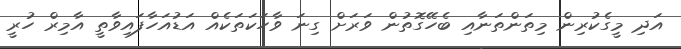
އަދި މީގެކުރިން މިތަންތަނާއި ބެހޭގޮތުން ވަރަށް ގިނަ ވާހަކަތަކެއް އަޑުއަހާފައިވާތީ އާމިރް ހުރީ